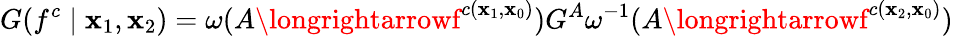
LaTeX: G(f^{c}\mid\mathbf{x}_{1},\mathbf{x}_{2})=\omega(A\longrightarrowf^{c(\mathbf{x}_{1},\mathbf{x}_{0})})G^{A}\omega^{-1}(A\longrightarrowf^{c(\mathbf{x}_{2},\mathbf{x}_{0})})